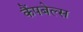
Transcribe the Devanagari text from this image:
कैंपबेल्स